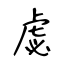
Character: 虙